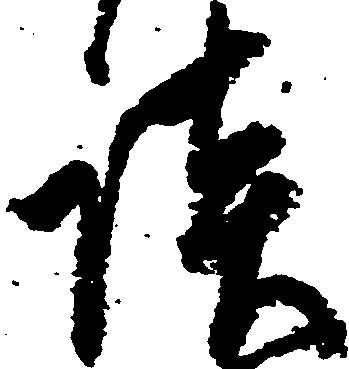
談